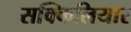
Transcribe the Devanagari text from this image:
सक्किलियार